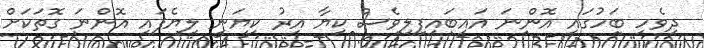
ދިވެހި ބަހުގައި އޮންނަ އައިބައިފިލިވެސް ކިޔާ އިރު ކިޔަނީ ލިޔެފައި އޮންނަ ގޮތަކަށް